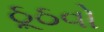
ઠૂઠવો